system: You are a helpful assistant.
user:
Analyze the provided spectrum to determine if it is a **M-type Giant (gM)**.

A M-type Giant spectrum is defined by its **strong molecular absorption** features, particularly from **Titanium Oxide (TiO)**. You must check for one of the following mutually exclusive signatures:

- **Key Visual Indicators (Absorption-Dominated Spectrum):**

    - **(Primary):** The spectrum is dominated by strong molecular absorption from **Titanium Oxide (TiO)**. This is the **defining feature** of its M-type temperature class.
        - **(Key Bandheads):** Look for sharp, "saw-tooth" absorption valleys. The strongest are located near **~7050 Å**, **~6160 Å**, and **~5170 Å**.
        - **(Line Profile):** The "saw-tooth" morphology is critical: a **sharp, steep drop on the BLUE (short-wavelength) side** of the bandhead, followed by a gradual recovery (rising flux) towards the RED (long-wavelength) side.

    - **(Key Confirmation - Giant vs. Dwarf):** **ABSENCE** of strong **Calcium Hydride (CaH)** molecular bands. This is the primary diagnostic for *excluding* M-dwarfs.
        - **(Key Region):** The spectrum should lack the strong, broad absorption band seen in dwarfs between **~6800 Å and ~7000 Å**.

    - **(Secondary Confirmation - Giant):** A very strong and broad **Neutral Calcium (Ca I)** atomic absorption line.
        - **(Key Line):** Located at **~4226 Å**. In a giant (gM), this line is significantly deeper and broader than the same line in an M-dwarf (dM) due to low surface gravity.

    - **(Overall Spectrum):**
        - The continuum is **extremely red-sloping** (i.e., flux is very low in the blue and rises dramatically towards the red).
        - The entire spectrum appears "chopped up" by the deep TiO bands.

Think first, call **spectral_visualization_tool** if needed to examine features in detail, then provide your final answer. Your response must adhere to the following strict rules:
1.  **Overall Structure:** Your response must follow the format `<think>...</think> <tool_call>...</tool_call> (if a tool is used) <answer>...</answer>`.
2.  **Tool Usage Constraint:** You may only make **one** tool call per turn.
3.  **Final Answer Format:** In the `<answer>` tag, your conclusion must be inside a `\boxed{}` command (e.g., `\boxed{YES}` or `\boxed{NO}`), followed by your justification.

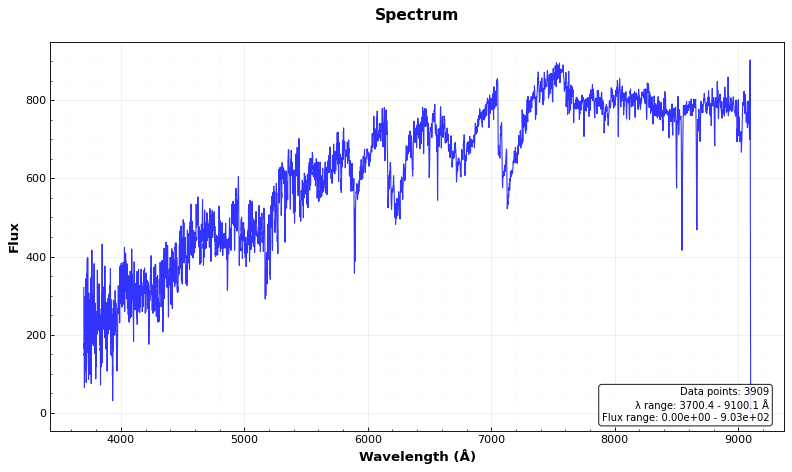
Answer: YES